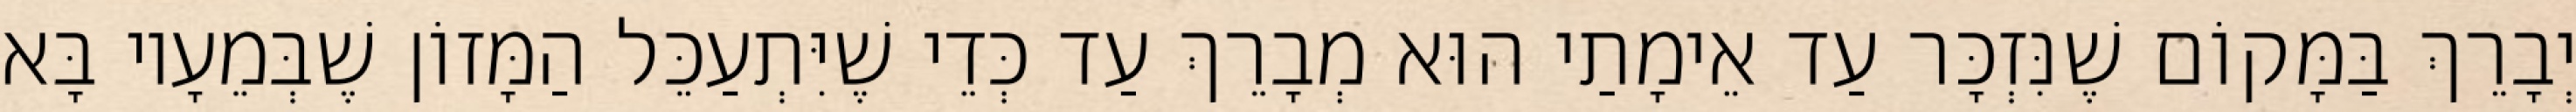
יְבָרֵךְ בַּמָּקוֹם שֶׁנִּזְכָּר עַד אֵימָתַי הוּא מְבָרֵךְ עַד כְּדֵי שֶׁיִּתְעַכֵּל הַמָּזוֹן שֶׁבְּמֵעָיו בָּא